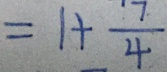
= 1 + \frac { 7 } { 4 }